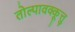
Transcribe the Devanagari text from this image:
तोल्पावक्कूत्तु